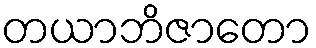
တယာဘိဇာတော